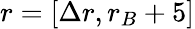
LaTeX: r=[\Delta r,r_{B}+5]